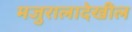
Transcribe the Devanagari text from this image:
मजुरालादेखील